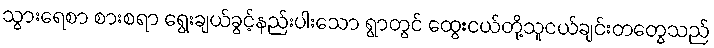
သွားရေစာ စားစရာ ရွေးချယ်ခွင့်နည်းပါးသော ရွာတွင် ထွေးငယ်တို့သူငယ်ချင်းတတွေသည်